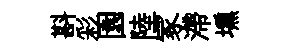
斟彩園陸冢滯壎